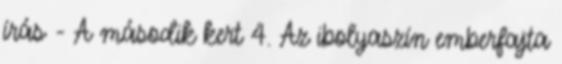
írás - A második kert 4. Az ibolyaszín emberfajta